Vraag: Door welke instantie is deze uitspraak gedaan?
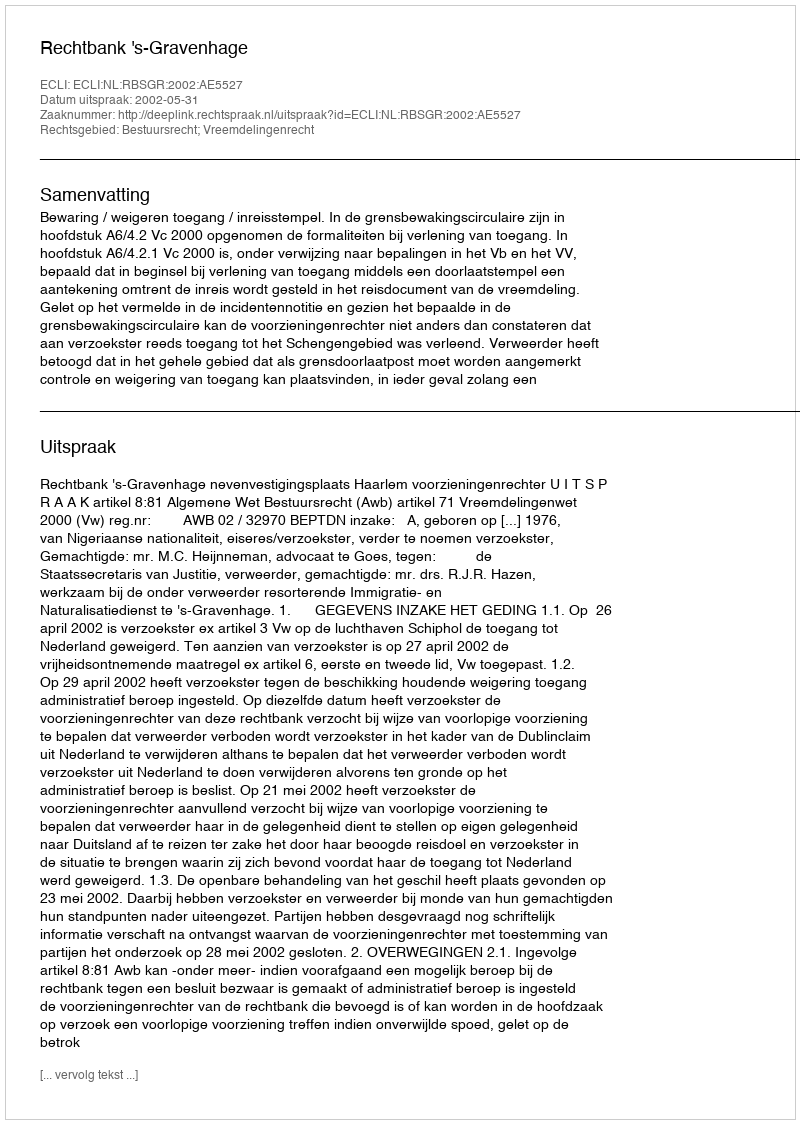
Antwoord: Rechtbank 's-Gravenhage